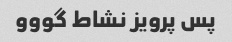
پس پرویز نشاط گووو